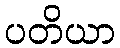
ပတိယာ